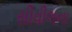
સીવીલના